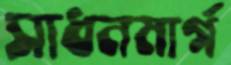
সাধনমার্গ